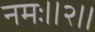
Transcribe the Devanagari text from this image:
नमः॥२॥